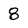
Character: 8